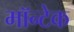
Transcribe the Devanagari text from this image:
मॉन्टेक